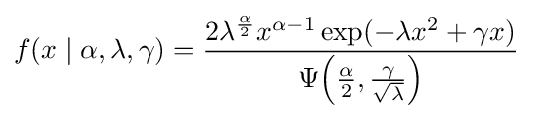
f(x\mid \alpha ,\lambda ,\gamma )={\frac {2\lambda ^{\frac {\alpha }{2}}x^{\alpha -1}\exp(-\lambda x^{2}+\gamma x)}{\Psi {\left({\frac {\alpha }{2}},{\frac {\gamma }{\sqrt {\lambda }}}\right)}}}